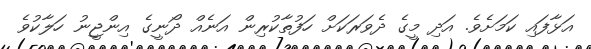
އަޅާފައި ކަމަށެވެ. އަދި މީގެ ދެވަރަކަށް ހަފުތާކުރިން އަނެއް ދޯނީގެ އިންޖީނު ހަލާކުވެ